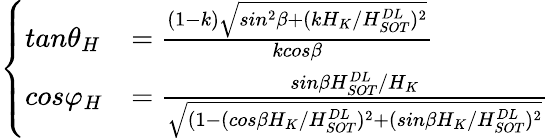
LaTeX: \left\{ \begin{array}{ll}{tan{\theta}_{H}}&{=\frac{\left(1-k\right)\sqrt{sin^{2}\beta+(kH_{K}/H_{SOT}^{DL})^{2}}}{kcos\beta}}\\ {cos{\varphi}_{H}}&{=\frac{sin\beta H_{SOT}^{DL}/H_{K}}{\sqrt{(1-(cos\beta H_{K}/H_{SOT}^{DL})^{2}+(sin\beta H_{K}/H_{SOT}^{DL})^{2}}}}\end{array}\right.